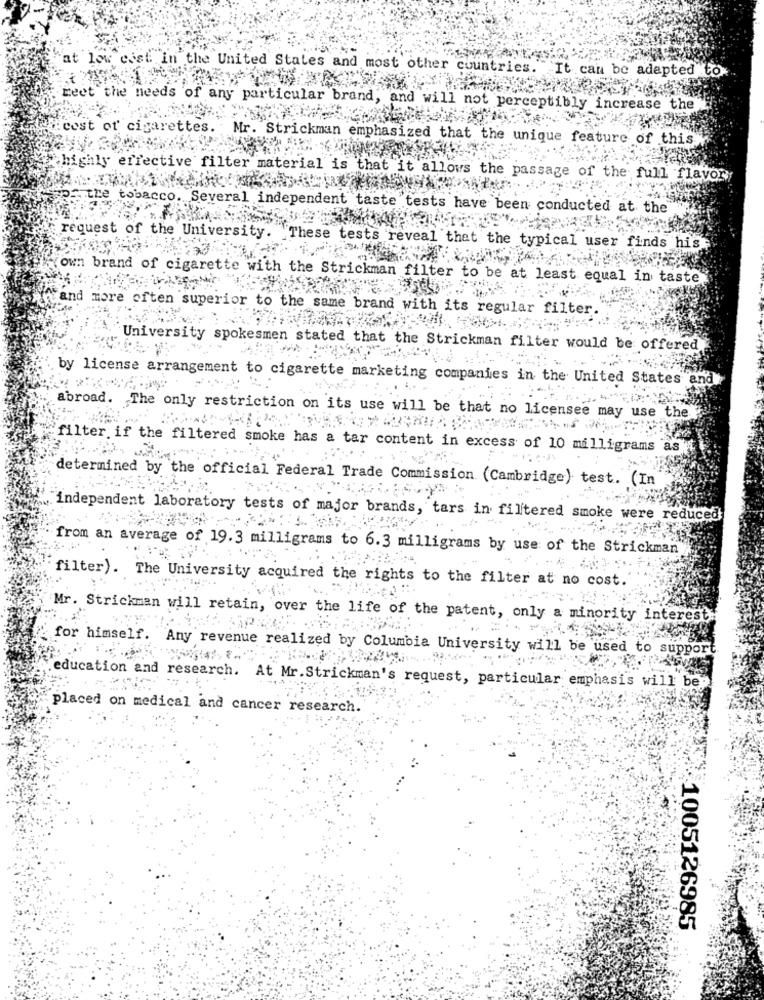
"at low cost in the United States and most other countries. It can be adapted to.
Meet the needs of any particular brand, and will not perceptibly increase the
cost of cigarettes.
Mr. Strickman emphasized that the unique feature of this
chighly effective filter material is that it allows the passage of the full flavory
the tobacco. Several independent taste tests have been conducted at the
request of the University
mese tests reveal that the typical user finds his
own brand of cigarette with the Strickman filter to be at least equal in taste
and more often superior to the same brand with i
ts regular filter
University spokesmen stated that the Strickman filter would be offered
by license arrangement to cigarette marketing companies in the United States and
abroad. The only restriction on its use will be that no licensee may use the
filter if the filtered smoke has a tar content in excess of 10 milligrams ask
determined by the official Federal Trade Commission (Cambridge) test. (In
independent laboratory tests of major brands, tars in filtered smoke were reduced
from an average of 19.3 milligrams to 6.3 milligrams by use of the Strickman
filter). The University acquired the rights to the filter at no cost.
Mr. Strickman will retain, over the life of the patent, only a minority interest.
for himself. Any revenue realized by Columbia University will be used to support
education and research. At Mr.Strickman's request, particular emphasis will bep
placed on medical and cancer research.
1005126985